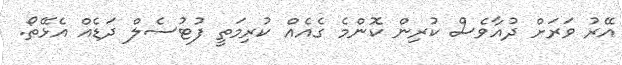
އޭރު ވަރަށް ދުއާވެސް ކުރިން ކޮންމެ ގެއެއް ކުރިމަތީ ފުޓުސެލް ދަޑެއް އެޅޭތޯ.